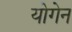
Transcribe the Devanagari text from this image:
योगेन